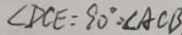
\angle D C E = 9 0 ^ { \circ } = \angle A C B